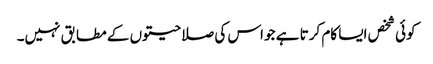
کوئی شخص ایسا کام کرتا ہے جو اس کی صلاحیتوں کے مطابق نہیں۔